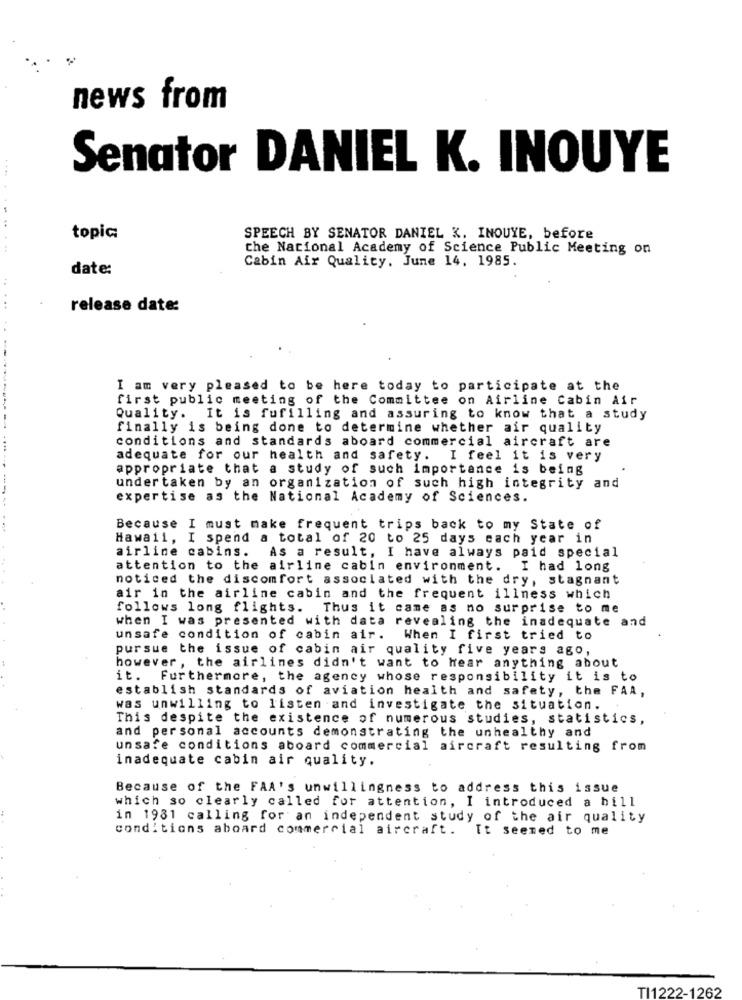
news from
Senator DANIEL K. INOUYE
topic
SPEECH BY SENATOR DANIEL K. INOUYE, before
the National Academy of Science Public Meeting on
Cabin Air Quality. June 14. 1985.
date:
...
release date:
I am very pleased to be here today to participate at the
first public meeting of the Committee on Airline Cabin Air
Quality. It is fufilling and assuring to know that a study
finally is being done to determine whether air quality
conditions and standards aboard commercial aircraft are
adequate for our health and safety. I feel it is very
appropriate that a study of such importance is being
under taken by an organization of such high integrity and
expertise as the National Academy of Sciences.
Because I must make frequent trips back to my State of
Hawaii, I spend a total of 20 to 25 days each year in
airline cabins.
As a result, I have always paid special
attention to the airline cabin environment. I had long
noticed the discomfort associated with the dry, stagnant
air in the airline cabin and the frequent illness which
follows long flights. Thus it came as no surprise to me
when I was presented with data revealing the inadequate and
unsafe condition of cabin air.
When I first tried to
pursue the issue of cabin air quality five years ago,
however , the airlines didn't want to hear anything about
it. Furthermore, the agency whose responsibility it is to
establish standards of aviation health and safety, the FAA,
was unwilling to listen and investigate the situation.
This despite the existence of numerous studies, statistics,
and personal accounts demonstrating the unhealthy and
unsafe conditions aboard commercial aircraft resulting from
inadequate cabin air quality.
Because of the FAA's unwillingness to address this issue
which so clearly called for attention, I introduced a bill
in 1981 calling for an independent study of the air quality
conditions aboard commercial aircraft. It seemed to me
TI1222-1262